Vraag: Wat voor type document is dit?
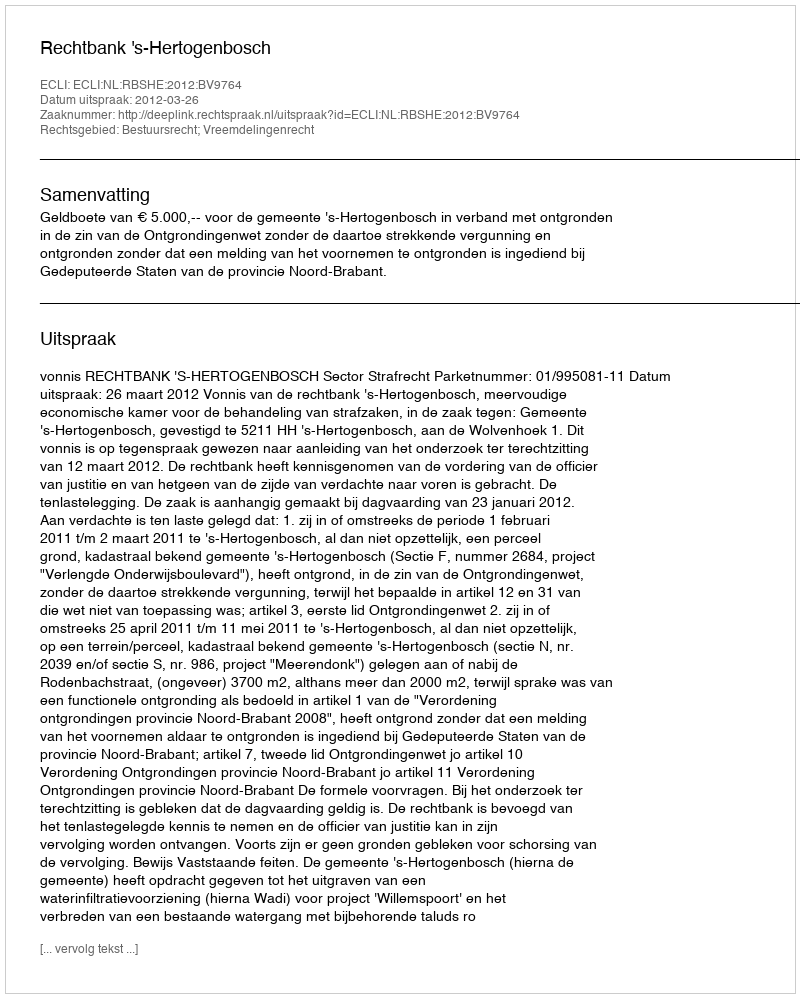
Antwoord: Uitspraak